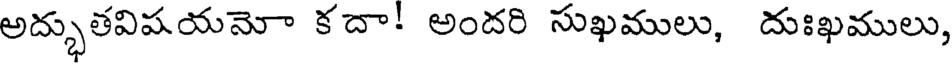
అద్భుతవిషయమో కదా! అందరి సుఖములు, దుఃఖములు,